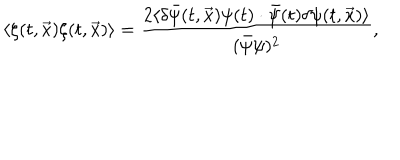
\langle \zeta ( t , \vec { x } ) \zeta ( t , \vec { x } ) \rangle = \frac { 2 \langle \delta \bar { \psi } ( t , \vec { x } ) \psi ( t ) \cdot \bar { \psi } ( t ) \delta \psi ( t , \vec { x } ) \rangle } { ( \bar { \psi } \psi ) ^ { 2 } } ,